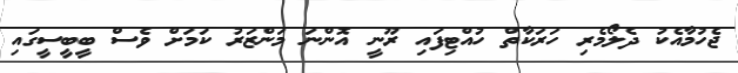
ޖެހުމާއެކު ދެލޯމެރި ހަރަކާތް ހުއްޓިފައި ރޫނީ އޮންނަ މަންޒަރު ކަމަށް ވެސް ބީބީސީގައި